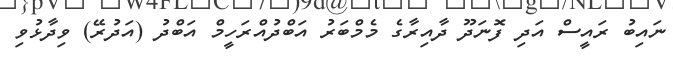
ނައިބު ރައީސް އަދި ފޮނަދޫ ދާއިރާގެ މެމްބަރު އަބްދުއްރަހީމް އަބްދު (އަދުރޭ) ވިދާޅުވި